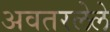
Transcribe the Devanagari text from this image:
अवतरलेले